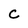
Character: c